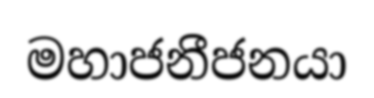
මහාජනීජනයා